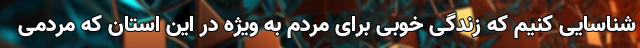
شناسایی کنیم که زندگی خوبی برای مردم به ویژه در این استان که مردمی